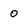
Character: 0